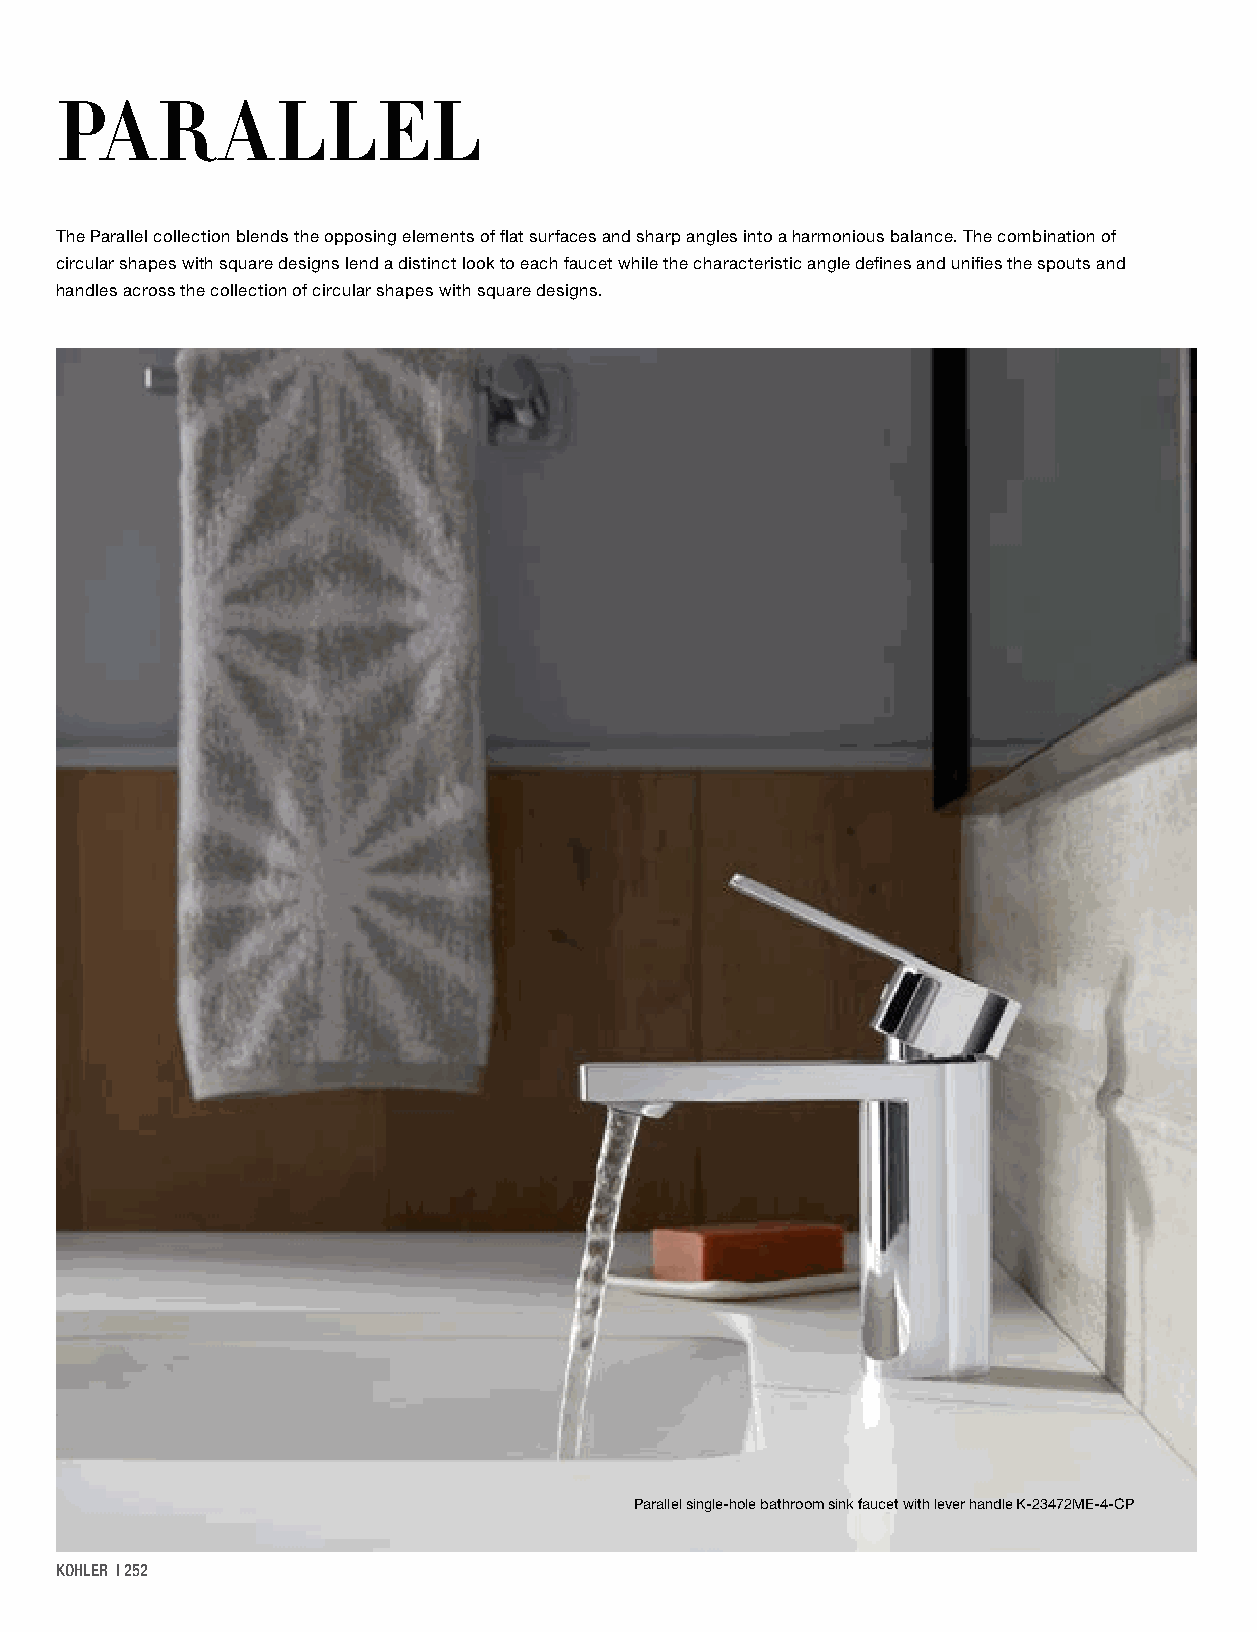
PAR        ALLEL
 The Parallel collection blends the opposing elements of flat surfaces and sharp angles into a harmonious balance. The combination of
 circular shapes with square designs lend a distinct look to each faucet while the characteristic angle defines and unifies the spouts and
 handles across the collection of circular shapes with square designs.
 Parallel single-hole bathroom sink faucet with lever handle K-23472ME-4-CP
 KOHLER | 252